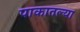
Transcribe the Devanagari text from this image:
पाकातल्या